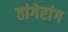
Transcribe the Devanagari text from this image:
तांगेरांग